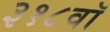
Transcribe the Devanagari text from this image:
३१८वॉ